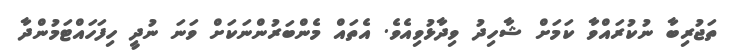
ތަޖުރިބާ ނުކުރައްވާ ކަމަށް ޝާހިދު ވިދާޅުވިއެވެ. އެތައް މެންބަރުންނަކަށް ވަނަ ނުދީ ހިފަހައްޓަމުންދާ